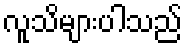
လူသိများပါသည်